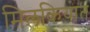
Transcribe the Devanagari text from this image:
मिलकियात